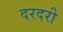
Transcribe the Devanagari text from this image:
दरदरी